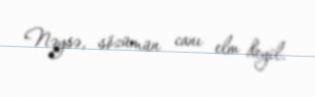
Nəysə, sözümün canı elm deyil.